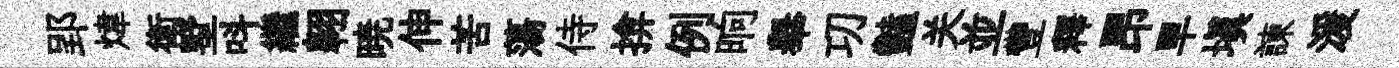
郢煒衛墅呌繼翱暁伸苦蕩侍揜例晌𦦙㓛豔关並豐釋昂旱塡諫湲